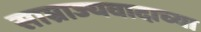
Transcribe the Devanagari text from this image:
साम्राज्यवादाच्या